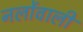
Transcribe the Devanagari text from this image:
नलोंवाली